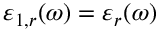
\varepsilon _ { 1 , r } ( \omega ) = \varepsilon _ { r } ( \omega )